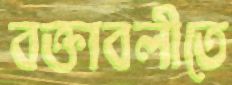
বক্তাবলীতে